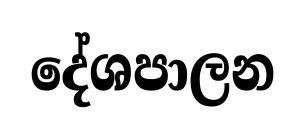
දේශපාලන